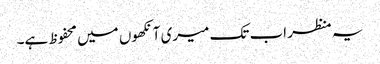
یہ منظر اب تک میری آنکھوں میں محفوظ ہے۔